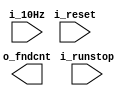
`timescale 1ns / 1ps

module stopwatch_counter(
    input i_10Hz, i_reset, i_runstop,
    output [13:0] o_fndcnt
    );

    reg [3:0] r_hms=0;
    reg [5:0] r_sec=0;
    reg [3:0] r_min=0;  

    always @(posedge i_10Hz or negedge i_reset)begin
        if(!i_reset)begin
            r_hms<=0;
            r_min<=0;
            r_sec<=0;
        end
        else begin
            if(i_runstop)begin
                if(r_hms>=9)begin
                    r_hms<=0;
                    r_sec <= r_sec+1;
                    if(r_sec >= 60) begin
                        r_sec <=0;
                        r_min <= r_min +1;
                        if(r_min >= 9)begin
                            r_min<=0;
                        end
                    end
                end
                else begin
                    r_hms<= r_hms+1;
                end
            end
        end
    end

    assign  o_fndselect = r_min*1000+r_sec*10+r_hms;

endmodule